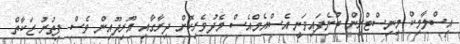
އިސްލާމިކް މިނިސްޓްރީން ބުނެފައިވަނީ އެސްއެމްއެސް މެދުވެރިކޮށް ދިރާގާއި އޫރިދޫއިން ވެސް ފިތުރު ޒަކާތް